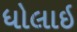
ધોલાઇ